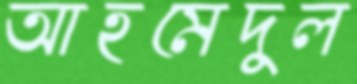
আহমেদুল